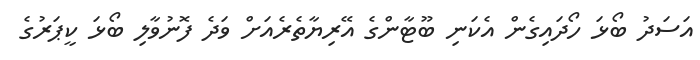
އަސަދު ބޯޅަ ހޯދައިގެން އެކަނި ބޫޓާންގެ އޭރިޔާތެރެއަށް ވަދެ ފޮނުވާލި ބޯޅަ ކީޕަރުގެ